Annual administration report of the Civil Veterinary Department of India - 1908-1909
Year: 1908
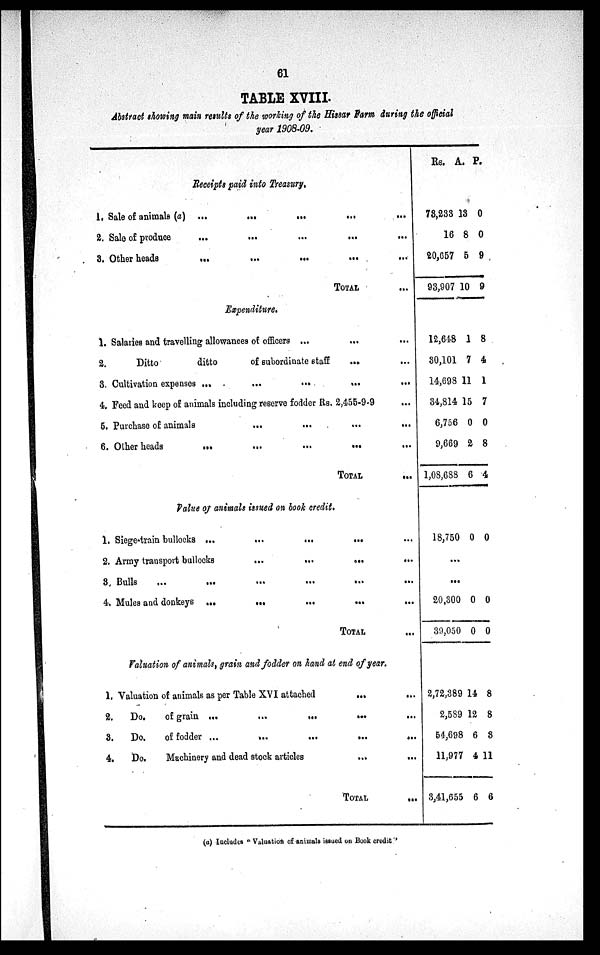
61
TABLE XVIII.
Abstract showing main results of the working of the Hissar Farm during the official
year 1908-09.
Receipts paid into Treasury.
1. Sale of animals (a) ...
...
...
...
...
2. Sale of produce
...
...
...
...
...
3. Other heads
...
...
...
...
...
TOTAL ...
Expenditure.
1. Salaries and travelling allowances of officers ... ... ...
2.
Ditto
ditto
of subordinate staff
...
...
3. Cultivation expenses ...
...
...
...
...
4. Feed and keep of animals including reserve fodder Rs. 2,455-9-9 ...
5. Purchase of animals
...
...
...
...
6. Other heads
...
...
...
...
TOTAL
...
Value of animals issued on book credit.
1. Siege-train bullocks ...
...
...
...
2. Army transport bullocks
...
...
...
3. Bulls
...
...
...
...
...
...
4. Mules and donkeys ...
...
...
...
TOTAL ...
Valuation of animals, grain and fodder on hand at end of year.
1. Valuation of animals as per Table XVI attached
...
...
2.
Do.
of grain ...
...
...
...
...
3.
Do.
of fodder ...
...
...
...
...
4.
Do.
Machinery and dead stock articles
...
...
TOTAL ...
Rs.
78,233
16
20,657
93,907
12,648
30,101
14,698
34,814
6,756
9,669
1,08,688
18,750
...
...
20,300
39,050
2,72,389
2,589
54,698
11,977
3,41,655
A.
13
8
5
10
1
7
11
15
0
2
6
0
0
0
14
12
6
4
6
P.
0
0
9
9
8
4
1
7
0
8
4
0
0
0
8
8
8
11
6
(a) Includes "Valuation of animals issued on Book credit."